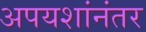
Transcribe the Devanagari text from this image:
अपयशांनंतर